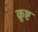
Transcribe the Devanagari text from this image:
क्रुष्ट